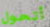
أتحول